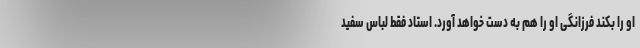
او را بکند فرزانگی او را هم به دست خواهد آورد. استاد فقط لباس سفید